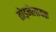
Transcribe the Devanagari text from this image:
तोड़नेलायक